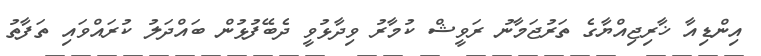
އިންޑިއާ ޚާރިޖިއްޔާގެ ތަރުޖަމާނު ރަވީޝް ކުމާރު ވިދާޅުވީ ދެބޭފުޅުން ބައްދަލު ކުރައްވައި ތަފާތު